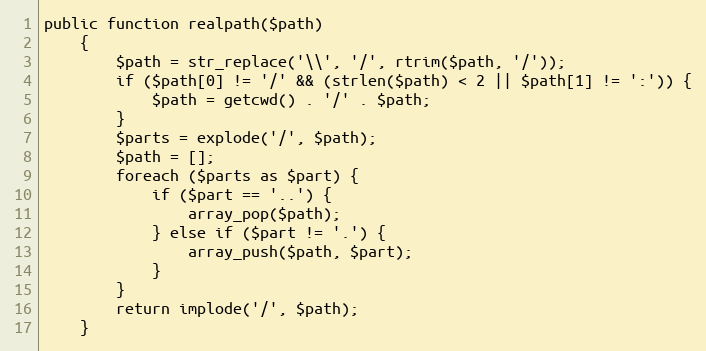
Language: PHP
public function realpath($path)
    {
        $path = str_replace('\\', '/', rtrim($path, '/'));
        if ($path[0] != '/' && (strlen($path) < 2 || $path[1] != ':')) {
            $path = getcwd() . '/' . $path;
        }
        $parts = explode('/', $path);
        $path = [];
        foreach ($parts as $part) {
            if ($part == '..') {
                array_pop($path);
            } else if ($part != '.') {
                array_push($path, $part);
            }
        }
        return implode('/', $path);
    }